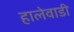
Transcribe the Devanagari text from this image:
हालेवाडी